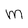
Character: M